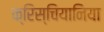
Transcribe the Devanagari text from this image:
क्रिस्चियानिया